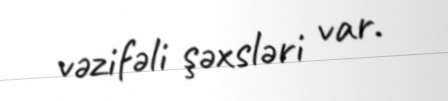
vəzifəli şəxsləri var.